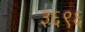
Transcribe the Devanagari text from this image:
३६९६